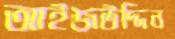
আইজউদ্দিন